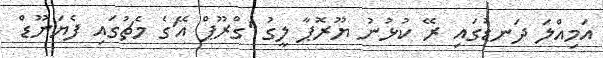
އަމިއްލަ ދަނޑުގައި ރޭ ކުޅުނު ޔޫރޮޕާ ލީގު 'ގްރޫޕް އޭ'ގެ މެޗުގައި ފެޔަނޫޑް